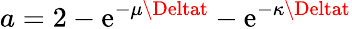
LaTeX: a=2-\mathrm{e}^{-\mu\Deltat}-\mathrm{e}^{-\kappa\Deltat}